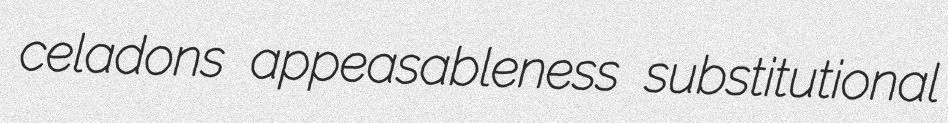
celadons appeasableness substitutional